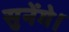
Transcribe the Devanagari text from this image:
सुनेंगे।